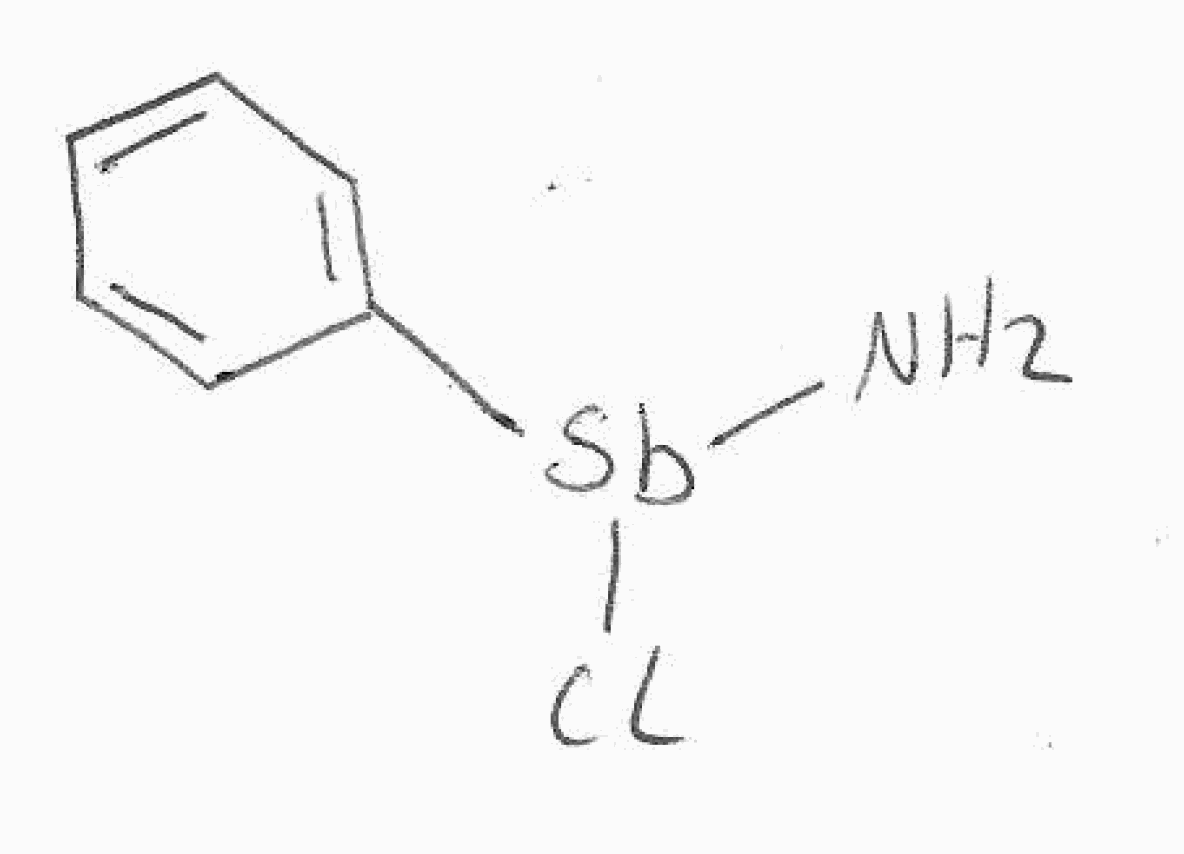
Simplified molecular-input line-entry system (SMILES) notation of the given molecule:
C1=CC=C(C=C1)[Sb](N)Cl